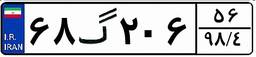
۶۸گ۲۰۶۵۶